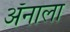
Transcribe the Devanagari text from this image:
ॲनाला